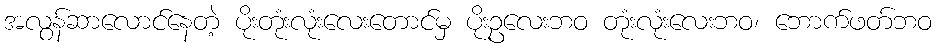
အလွန်ဆာလောင်နေတဲ့ ပိုးတုံးလုံးလေးတောင်မှ ပိုးဥလေးဘဝ တုံးလုံးလေးဘဝ၊ ဘောက်ဖတ်ဘဝ